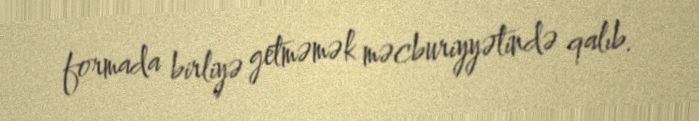
formada birliyə getməmək məcburiyyətində qalıb.